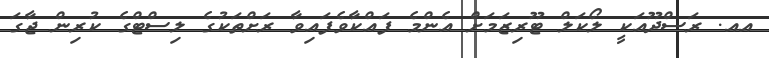
އއ. ރަސްދޫއަކީ ލޯކަލް ޓޫރިޒަމަށް އެންމެ ފައްކާވެފައިވާ ރަށްތަކުގެ ލިސްޓްގެ ކުރިން ޖާގަ